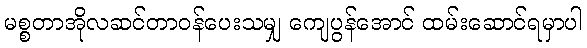
မစ္စတာအိုလဆင်တာဝန်ပေးသမျှ ကျေပွန်အောင် ထမ်းဆောင်ရမှာပါ